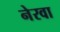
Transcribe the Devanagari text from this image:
नेरवा